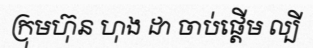
ក្រុមហ៊ុន ហុង ដា ចាប់ផ្តើម ល្បី